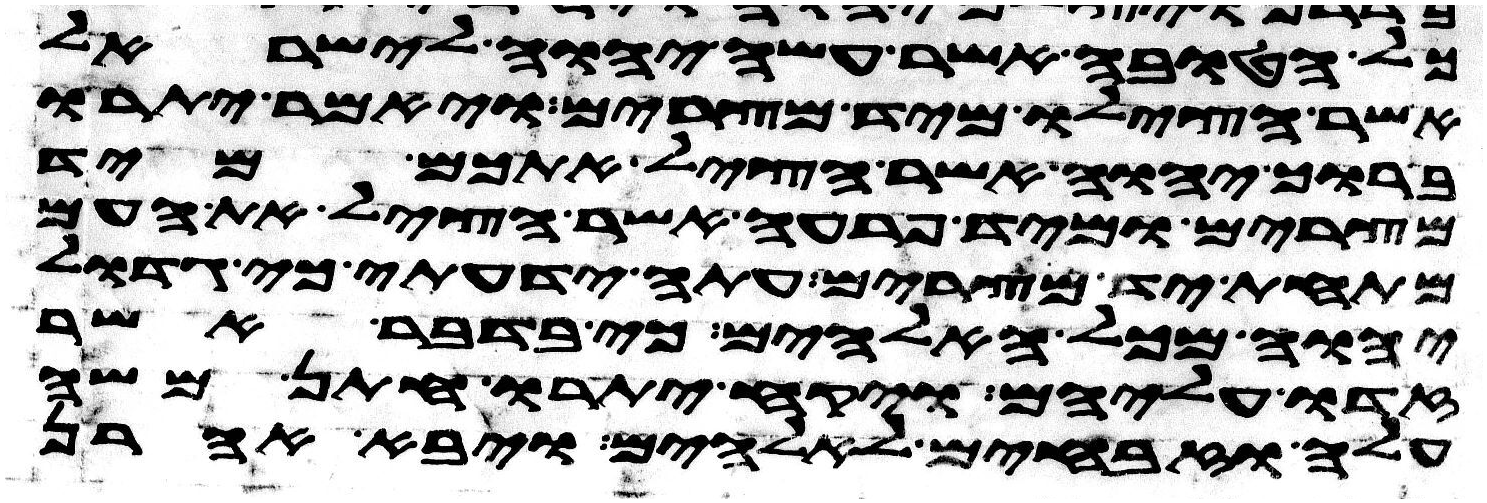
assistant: כל הטובה אשר עשה יהוה לישראל
אשר הצילו מיד מצרים ויאמר יתרו
ברוך יהוה אשר הציל אתכם מיד
מצרים ומיד פרעה אשר הציל את העם
מתחת יד מצרים עתה ידעתי כי גדול
יהוה מכל האלהים כי בדבר אשר
זדו עליהם ויקח יתרו חתן משה
עלה וזבחים לאלהים ויבא אהרן